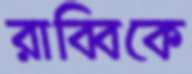
রাব্বিকে